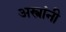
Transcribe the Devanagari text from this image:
अस्त्रांनी